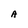
Character: A